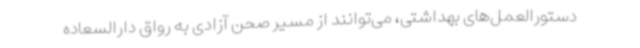
دستورالعمل‌های بهداشتی، می‌توانند از مسیر صحن آزادی به رواق دارالسعاده